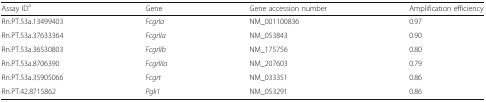
| Assay IDa | Gene | Gene accession number | Amplification efficiency |
 | --- | --- | --- | --- |
 | Rn.PT.53a.13499403 | FcgrIa | NM_001100836 | 0.97 |
 | Rn.PT.53a.37633364 | FcgrIIa | NM_053843 | 0.90 |
 | Rn.PT.53a.36530803 | FcgrIIb | NM_175756 | 0.80 |
 | Rn.PT.53a.8706390 | FcgrIIIa | NM_207603 | 0.79 |
 | Rn.PT.53a.35905066 | Fcgrt | NM_033351 | 0.86 |
 | Rn.PT.42.8715862 | Pgk1 | NM_053291 | 0.86 |